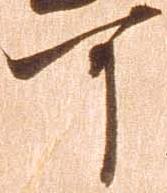
可